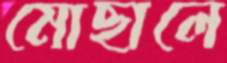
মোছালে